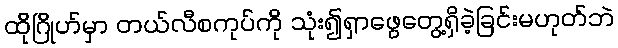
ထိုဂြိုဟ်မှာ တယ်လီစကုပ်ကို သုံး၍ရှာဖွေတွေ့ရှိခဲ့ခြင်းမဟုတ်ဘဲ